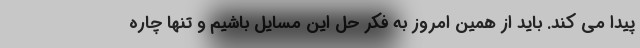
پیدا می کند. باید از همین امروز به فکر حل این مسایل باشیم و تنها چاره